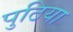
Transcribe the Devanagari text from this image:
पुठिया